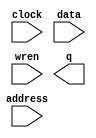
// megafunction wizard: %RAM: 1-PORT%VBB%
// GENERATION: STANDARD
// VERSION: WM1.0
// MODULE: altsyncram 

// ============================================================
// Megafunction Name(s):
// 			altsyncram
//
// Simulation Library Files(s):
// 			altera_mf
// ============================================================
// ************************************************************
// THIS IS A WIZARD-GENERATED FILE. DO NOT EDIT THIS FILE!
//
// 17.0.0 Build 595 04/25/2017 SJ Lite Edition
// ************************************************************

//Copyright (C) 2017  Intel Corporation. All rights reserved.
//Your use of Intel Corporation's design tools, logic functions 
//and other software and tools, and its AMPP partner logic 
//functions, and any output files from any of the foregoing 
//(including device programming or simulation files), and any 
//associated documentation or information are expressly subject 
//to the terms and conditions of the Intel Program License 
//Subscription Agreement, the Intel Quartus Prime License Agreement,
//the Intel MegaCore Function License Agreement, or other 
//applicable license agreement, including, without limitation, 
//that your use is for the sole purpose of programming logic 
//devices manufactured by Intel and sold by Intel or its 
//authorized distributors.  Please refer to the applicable 
//agreement for further details.

module ram32x4 (
	address,
	clock,
	data,
	wren,
	q);

	input	[4:0]  address;
	input	  clock;
	input	[3:0]  data;
	input	  wren;
	output	[3:0]  q;
`ifndef ALTERA_RESERVED_QIS
// synopsys translate_off
`endif
	tri1	  clock;
`ifndef ALTERA_RESERVED_QIS
// synopsys translate_on
`endif

endmodule

// ============================================================
// CNX file retrieval info
// ============================================================
// Retrieval info: PRIVATE: ADDRESSSTALL_A NUMERIC "0"
// Retrieval info: PRIVATE: AclrAddr NUMERIC "0"
// Retrieval info: PRIVATE: AclrByte NUMERIC "0"
// Retrieval info: PRIVATE: AclrData NUMERIC "0"
// Retrieval info: PRIVATE: AclrOutput NUMERIC "0"
// Retrieval info: PRIVATE: BYTE_ENABLE NUMERIC "0"
// Retrieval info: PRIVATE: BYTE_SIZE NUMERIC "8"
// Retrieval info: PRIVATE: BlankMemory NUMERIC "1"
// Retrieval info: PRIVATE: CLOCK_ENABLE_INPUT_A NUMERIC "0"
// Retrieval info: PRIVATE: CLOCK_ENABLE_OUTPUT_A NUMERIC "0"
// Retrieval info: PRIVATE: Clken NUMERIC "0"
// Retrieval info: PRIVATE: DataBusSeparated NUMERIC "1"
// Retrieval info: PRIVATE: IMPLEMENT_IN_LES NUMERIC "0"
// Retrieval info: PRIVATE: INIT_FILE_LAYOUT STRING "PORT_A"
// Retrieval info: PRIVATE: INIT_TO_SIM_X NUMERIC "0"
// Retrieval info: PRIVATE: INTENDED_DEVICE_FAMILY STRING "Cyclone V"
// Retrieval info: PRIVATE: JTAG_ENABLED NUMERIC "0"
// Retrieval info: PRIVATE: JTAG_ID STRING "NONE"
// Retrieval info: PRIVATE: MAXIMUM_DEPTH NUMERIC "0"
// Retrieval info: PRIVATE: MIFfilename STRING ""
// Retrieval info: PRIVATE: NUMWORDS_A NUMERIC "32"
// Retrieval info: PRIVATE: RAM_BLOCK_TYPE NUMERIC "0"
// Retrieval info: PRIVATE: READ_DURING_WRITE_MODE_PORT_A NUMERIC "3"
// Retrieval info: PRIVATE: RegAddr NUMERIC "1"
// Retrieval info: PRIVATE: RegData NUMERIC "1"
// Retrieval info: PRIVATE: RegOutput NUMERIC "0"
// Retrieval info: PRIVATE: SYNTH_WRAPPER_GEN_POSTFIX STRING "0"
// Retrieval info: PRIVATE: SingleClock NUMERIC "1"
// Retrieval info: PRIVATE: UseDQRAM NUMERIC "1"
// Retrieval info: PRIVATE: WRCONTROL_ACLR_A NUMERIC "0"
// Retrieval info: PRIVATE: WidthAddr NUMERIC "5"
// Retrieval info: PRIVATE: WidthData NUMERIC "4"
// Retrieval info: PRIVATE: rden NUMERIC "0"
// Retrieval info: LIBRARY: altera_mf altera_mf.altera_mf_components.all
// Retrieval info: CONSTANT: CLOCK_ENABLE_INPUT_A STRING "BYPASS"
// Retrieval info: CONSTANT: CLOCK_ENABLE_OUTPUT_A STRING "BYPASS"
// Retrieval info: CONSTANT: INTENDED_DEVICE_FAMILY STRING "Cyclone V"
// Retrieval info: CONSTANT: LPM_HINT STRING "ENABLE_RUNTIME_MOD=NO"
// Retrieval info: CONSTANT: LPM_TYPE STRING "altsyncram"
// Retrieval info: CONSTANT: NUMWORDS_A NUMERIC "32"
// Retrieval info: CONSTANT: OPERATION_MODE STRING "SINGLE_PORT"
// Retrieval info: CONSTANT: OUTDATA_ACLR_A STRING "NONE"
// Retrieval info: CONSTANT: OUTDATA_REG_A STRING "UNREGISTERED"
// Retrieval info: CONSTANT: POWER_UP_UNINITIALIZED STRING "FALSE"
// Retrieval info: CONSTANT: READ_DURING_WRITE_MODE_PORT_A STRING "NEW_DATA_NO_NBE_READ"
// Retrieval info: CONSTANT: WIDTHAD_A NUMERIC "5"
// Retrieval info: CONSTANT: WIDTH_A NUMERIC "4"
// Retrieval info: CONSTANT: WIDTH_BYTEENA_A NUMERIC "1"
// Retrieval info: USED_PORT: address 0 0 5 0 INPUT NODEFVAL "address[4..0]"
// Retrieval info: USED_PORT: clock 0 0 0 0 INPUT VCC "clock"
// Retrieval info: USED_PORT: data 0 0 4 0 INPUT NODEFVAL "data[3..0]"
// Retrieval info: USED_PORT: q 0 0 4 0 OUTPUT NODEFVAL "q[3..0]"
// Retrieval info: USED_PORT: wren 0 0 0 0 INPUT NODEFVAL "wren"
// Retrieval info: CONNECT: @address_a 0 0 5 0 address 0 0 5 0
// Retrieval info: CONNECT: @clock0 0 0 0 0 clock 0 0 0 0
// Retrieval info: CONNECT: @data_a 0 0 4 0 data 0 0 4 0
// Retrieval info: CONNECT: @wren_a 0 0 0 0 wren 0 0 0 0
// Retrieval info: CONNECT: q 0 0 4 0 @q_a 0 0 4 0
// Retrieval info: GEN_FILE: TYPE_NORMAL ram32x4.v TRUE
// Retrieval info: GEN_FILE: TYPE_NORMAL ram32x4.inc FALSE
// Retrieval info: GEN_FILE: TYPE_NORMAL ram32x4.cmp FALSE
// Retrieval info: GEN_FILE: TYPE_NORMAL ram32x4.bsf FALSE
// Retrieval info: GEN_FILE: TYPE_NORMAL ram32x4_inst.v FALSE
// Retrieval info: GEN_FILE: TYPE_NORMAL ram32x4_bb.v TRUE
// Retrieval info: LIB_FILE: altera_mf